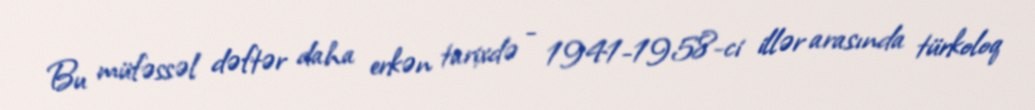
Bu müfəssəl dəftər daha erkən tarixdə - 1941-1958-ci illər arasında türkoloq